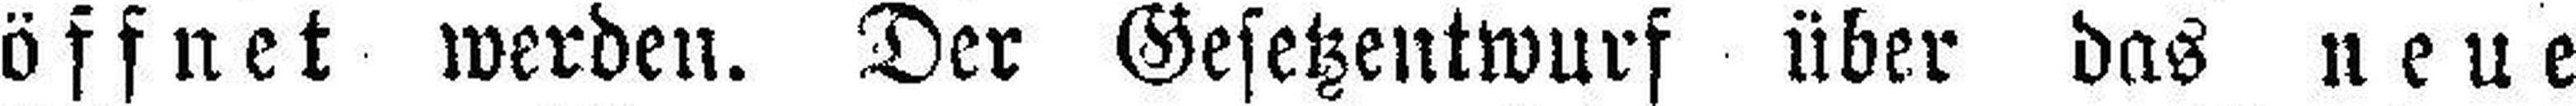
öffnet werden. Der Gesetzentwurf über das neue